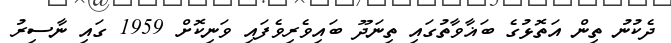
ދެކުނު ތިން އަތޮޅުގެ ބަޣާވާތުގައި ތިނަދޫ ބައިވެރިވެފައި ވަނިކޮށް 1959 ގައި ނާސިރު